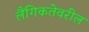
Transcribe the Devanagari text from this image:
लैंगिकतेवरील